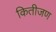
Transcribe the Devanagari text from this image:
कितीजण